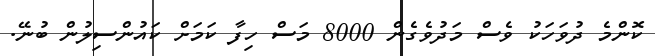
ކޮންމެ ދުވަހަކު ވެސް މަދުވެގެން 8000 މަސް ހިފާ ކަމަށް ކައުންސިލުން ބުނޭ.